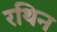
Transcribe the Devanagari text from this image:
रथिन